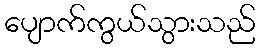
ပျောက်ကွယ်သွားသည်